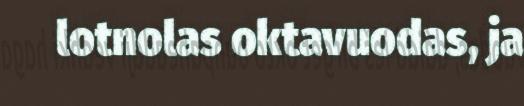
lotnolas oktavuodas, ja